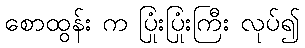
စောထွန်း က ပြုံးပြုံးကြီး လုပ်၍